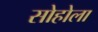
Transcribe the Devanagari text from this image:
सोहोला